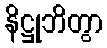
နိဋ္ဌုဘိတွာ